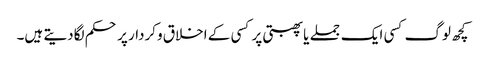
کچھ لوگ کسی ایک جملے یا پھبتی پر کسی کے اخلاق وکردار پر حکم لگادیتے ہیں۔